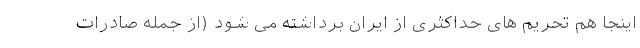
اینجا هم تحریم های حداکثری از ایران برداشته می شود (از جمله صادرات